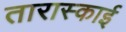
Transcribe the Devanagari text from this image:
तारास्काई